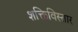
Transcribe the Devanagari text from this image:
शक्तिविस्तार